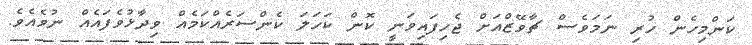
ކަންމިހެން ހުރި ނަމަވެސް ޗާވޭޒްއަށް ޖެހިފައިވަނީ ކޮން ކަހަލަ ކެންސަރެއްކަމެއް ވިދާޅުވެފައެއް ނުވެއެވެ.